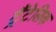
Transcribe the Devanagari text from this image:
ट्रैंटेलिक